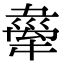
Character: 舝